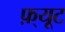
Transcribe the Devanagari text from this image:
फ़्यूट